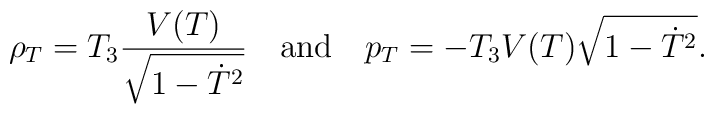
\rho_T = T_{3}\frac{V(T)}{\sqrt{1-\dot T^2}}~~~{\rm and}~~~p_T = -T_{3}V(T)\sqrt{1-\dot T^2}.